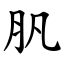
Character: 䏎